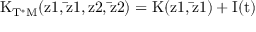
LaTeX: \mathrm { K _ { T ^ { * } M } ( z 1 , \bar { z } 1 , z 2 , \bar { z } 2 ) = K ( z 1 , \bar { z } 1 ) + { \cal { I } } ( t ) }